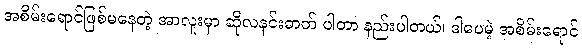
အစိမ်းရောင်ဖြစ်မနေတဲ့ အာလူးမှာ ဆိုလနင်းဓာတ် ပါတာ နည်းပါတယ်၊ ဒါပေမဲ့ အစိမ်းရောင်